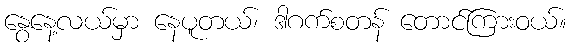
နွေနေ့လယ်မှာ နေပူတယ်၊ ဒါဂက်စတန် တောင်ကြားဝယ်။